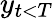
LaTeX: y_{t<T}